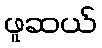
ဖူဆယ်